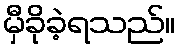
မှီခိုခဲ့ရသည်။